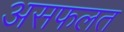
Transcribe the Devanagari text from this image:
असफलत